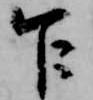
乍